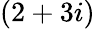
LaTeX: (2+3i)